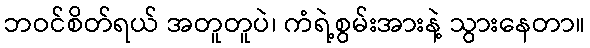
ဘဝင်စိတ်ရယ် အတူတူပဲ၊ ကံရဲ့စွမ်းအားနဲ့ သွားနေတာ။